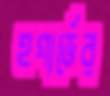
হগার্ডের